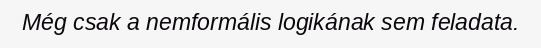
Még csak a nemformális logikának sem feladata.